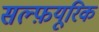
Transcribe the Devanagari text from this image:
सल्फ़यूरिक